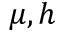
\mu , h